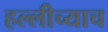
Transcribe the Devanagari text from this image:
हल्लीच्याच